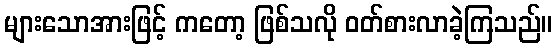
များသောအားဖြင့် ကတော့ ဖြစ်သလို ဝတ်စားလာခဲ့ကြသည်။